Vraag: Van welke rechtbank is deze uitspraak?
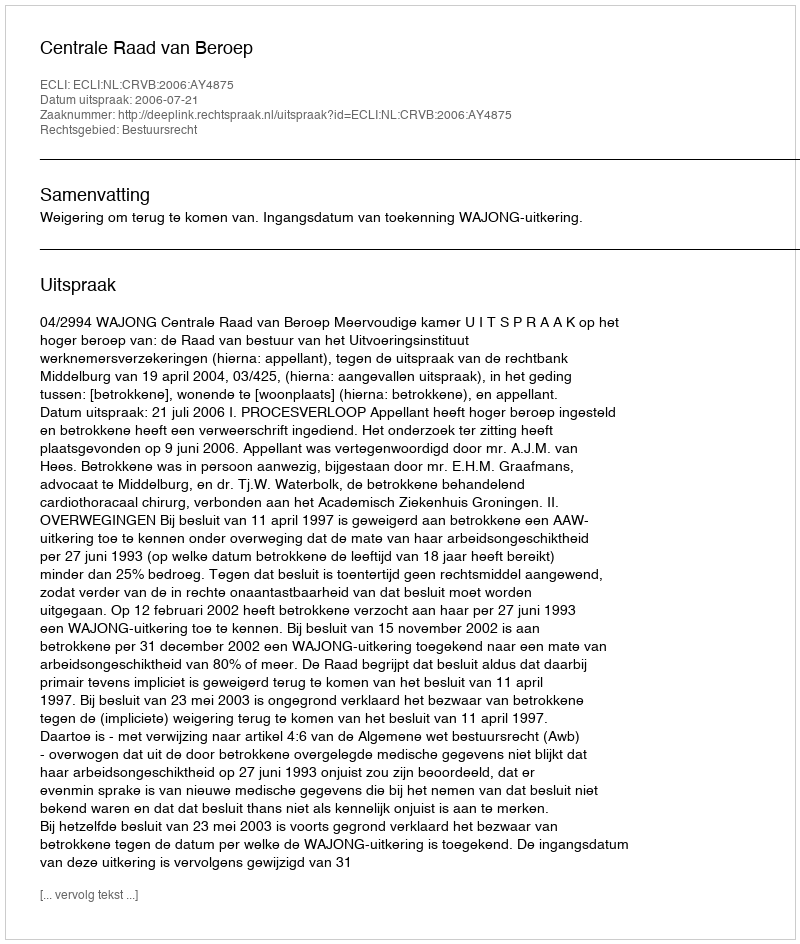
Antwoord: Centrale Raad van Beroep